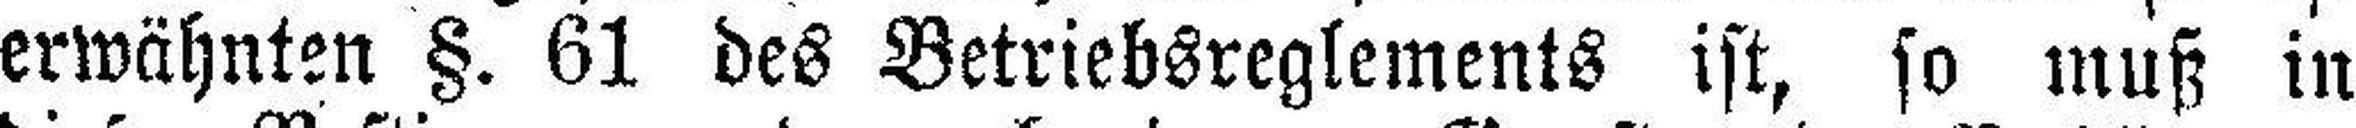
erwähnten §. 61 des Betriebsreglements ist, so muß in